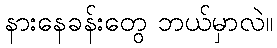
နားနေခန်းတွေ ဘယ်မှာလဲ။